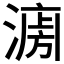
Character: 𱨟